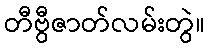
တီဗွီဇာတ်လမ်းတွဲ။